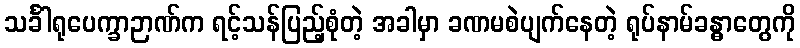
သင်္ခါရုပေက္ခာဉာဏ်က ရင့်သန်ပြည့်စုံတဲ့ အခါမှာ ခဏမစဲပျက်နေတဲ့ ရုပ်နာမ်ခန္ဓာတွေကို